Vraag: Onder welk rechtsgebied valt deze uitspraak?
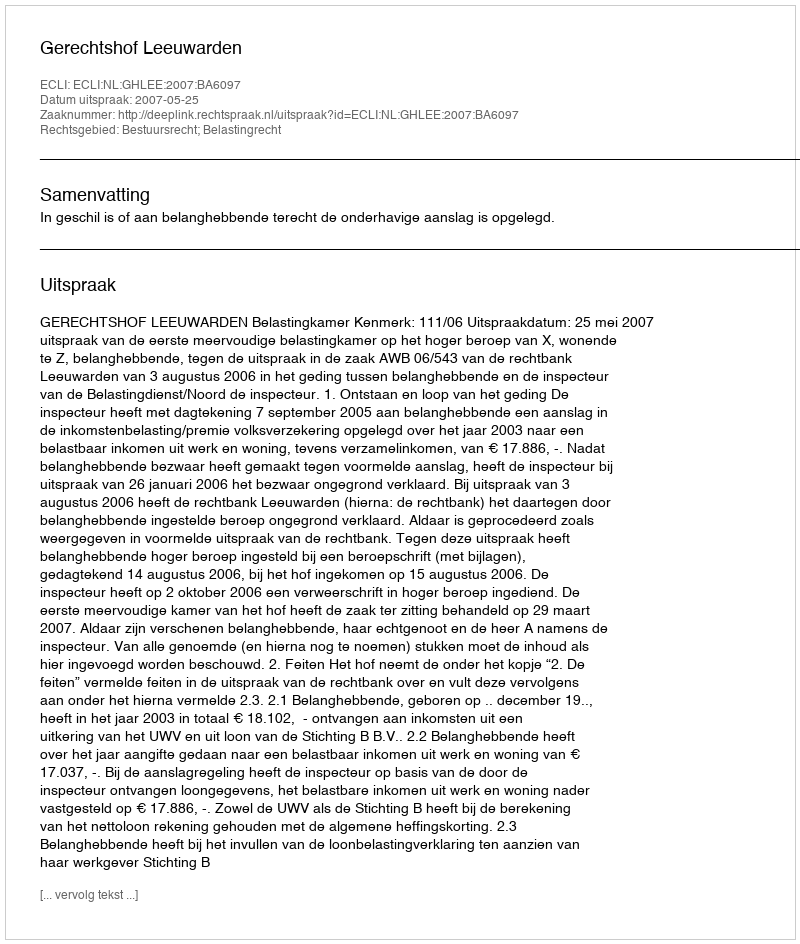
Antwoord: Bestuursrecht; Belastingrecht